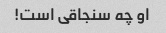
او چه سنجاقی است!